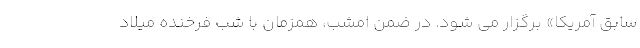
سابق آمریکا» برگزار می شود. در ضمن امشب، همزمان با شب فرخنده میلاد